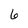
Character: 6